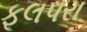
ફૂલપરા